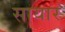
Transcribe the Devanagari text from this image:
सायार